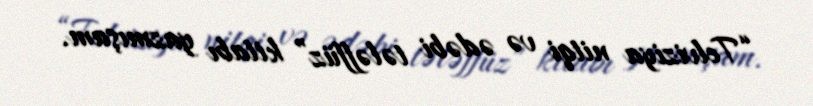
“Telviziya nitqi və ədəbi tələffüz” kitabı yazmışam.